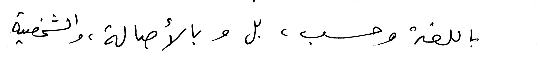
باللغة وحسب، بل وبالأصالة، والشخصية